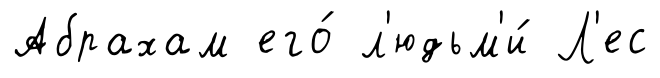
Абрахам его́ л'юдьм'и́ Л'ес